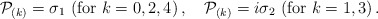
\begin{align*}{\cal P}_{(k)} = \sigma_1\ ({\rm for}\ k=0,2,4)\,, \quad{\cal P}_{(k)} = i\sigma_2\ ({\rm for}\ k=1,3)\,.\end{align*}